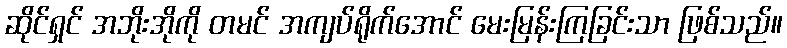
ဆိုင်ရှင် အဘိုးအိုကို တမင် အကျပ်ရိုက်အောင် မေးမြန်းကြခြင်းသာ ဖြစ်သည်။